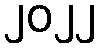
၂၀၂၂